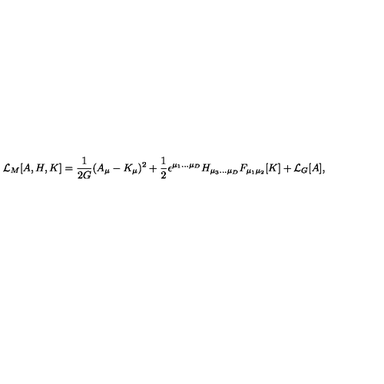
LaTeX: { \cal L } _ { M } [ A , H , K ] = { \frac { 1 } { 2 G } } ( A _ { \mu } - K _ { \mu } ) ^ { 2 } + { \frac { 1 } { 2 } } \epsilon ^ { \mu _ { 1 } . . . \mu _ { D } } H _ { \mu _ { 3 } . . . \mu _ { D } } F _ { \mu _ { 1 } \mu _ { 2 } } [ K ] + { \cal L } _ { G } [ A ] ,